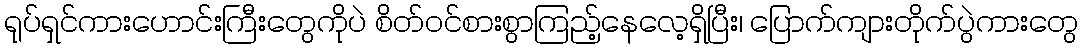
ရုပ်ရှင်ကားဟောင်းကြီးတွေကိုပဲ စိတ်ဝင်စားစွာကြည့်နေလေ့ရှိပြီး၊ ပြောက်ကျားတိုက်ပွဲကားတွေ